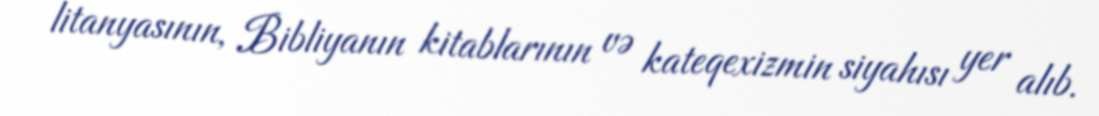
litanyasının, Bibliyanın kitablarının və kateqexizmin siyahısı yer alıb.